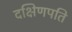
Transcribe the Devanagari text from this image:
दक्षिणपति